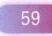
\(59\)